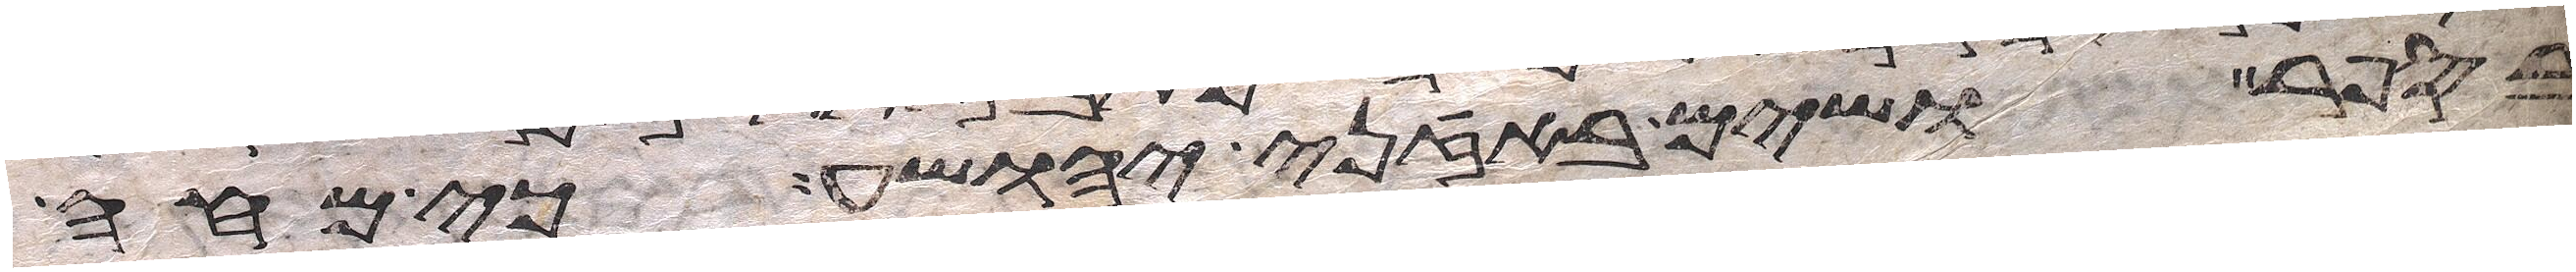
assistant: בספר ושים באזני יהושע כי מחה